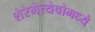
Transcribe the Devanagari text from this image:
शेरेमेत्येवोमध्ये